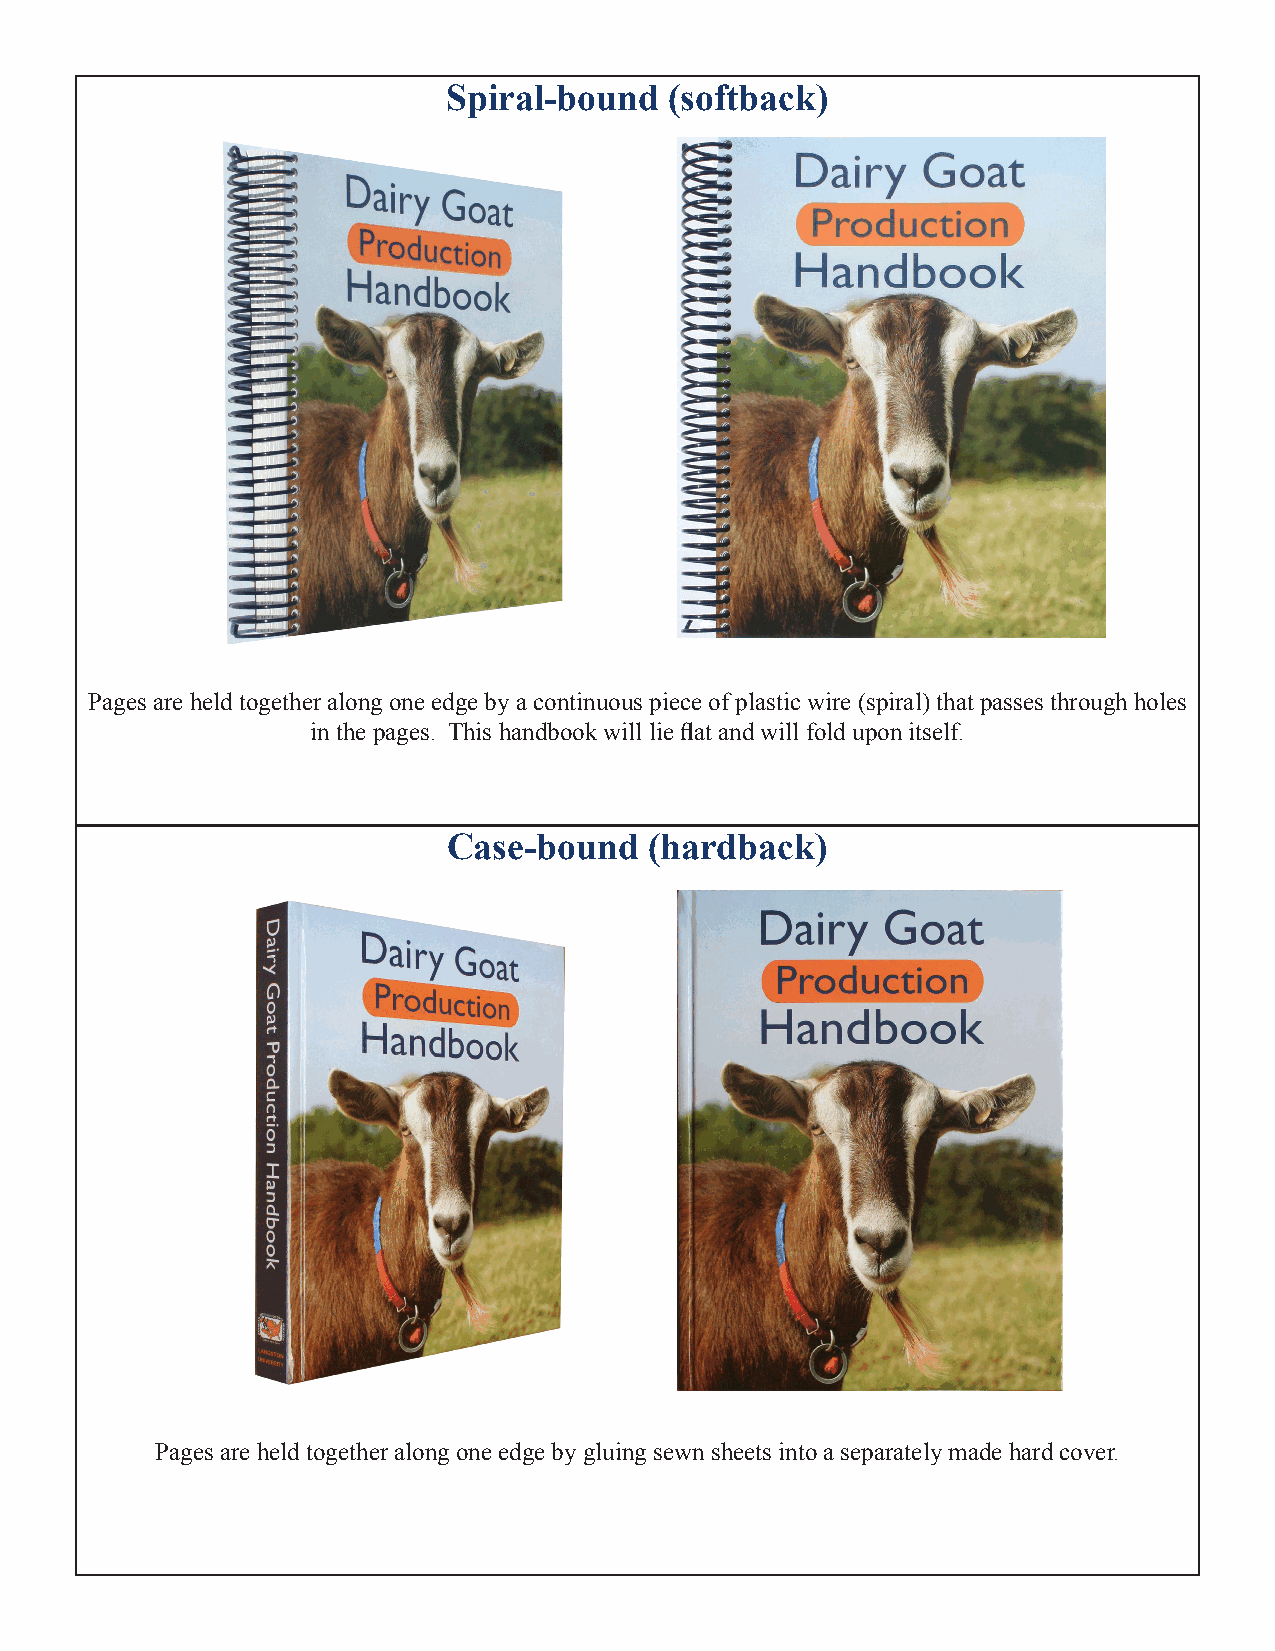
Spiral-bound  (softback)
 Pages are held together along one edge by a continuous piece of plastic wire (spiral) that passes through holes
 in the pages. This handbook will lie flat and will fold upon itself.
 Case-bound   (hardback)
 Pages are held together along one edge by gluing sewn sheets into a separately made hard cover.